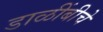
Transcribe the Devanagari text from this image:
डाळींबीचे